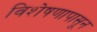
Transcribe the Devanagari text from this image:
विशेषणापासून